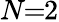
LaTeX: N\! \! =\! \! 2